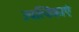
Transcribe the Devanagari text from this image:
उपत्यिकाएं